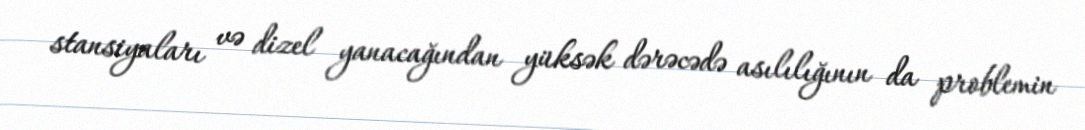
stansiyaları və dizel yanacağından yüksək dərəcədə asılılığının da problemin